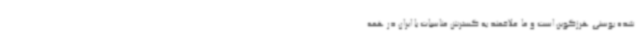
شده بوسنی هرزگوین است و ما علاقمند به گسترش مناسبات با ایران در همه